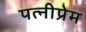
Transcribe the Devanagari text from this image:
पत्नीप्रेम